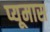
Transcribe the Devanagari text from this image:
प्यूमास